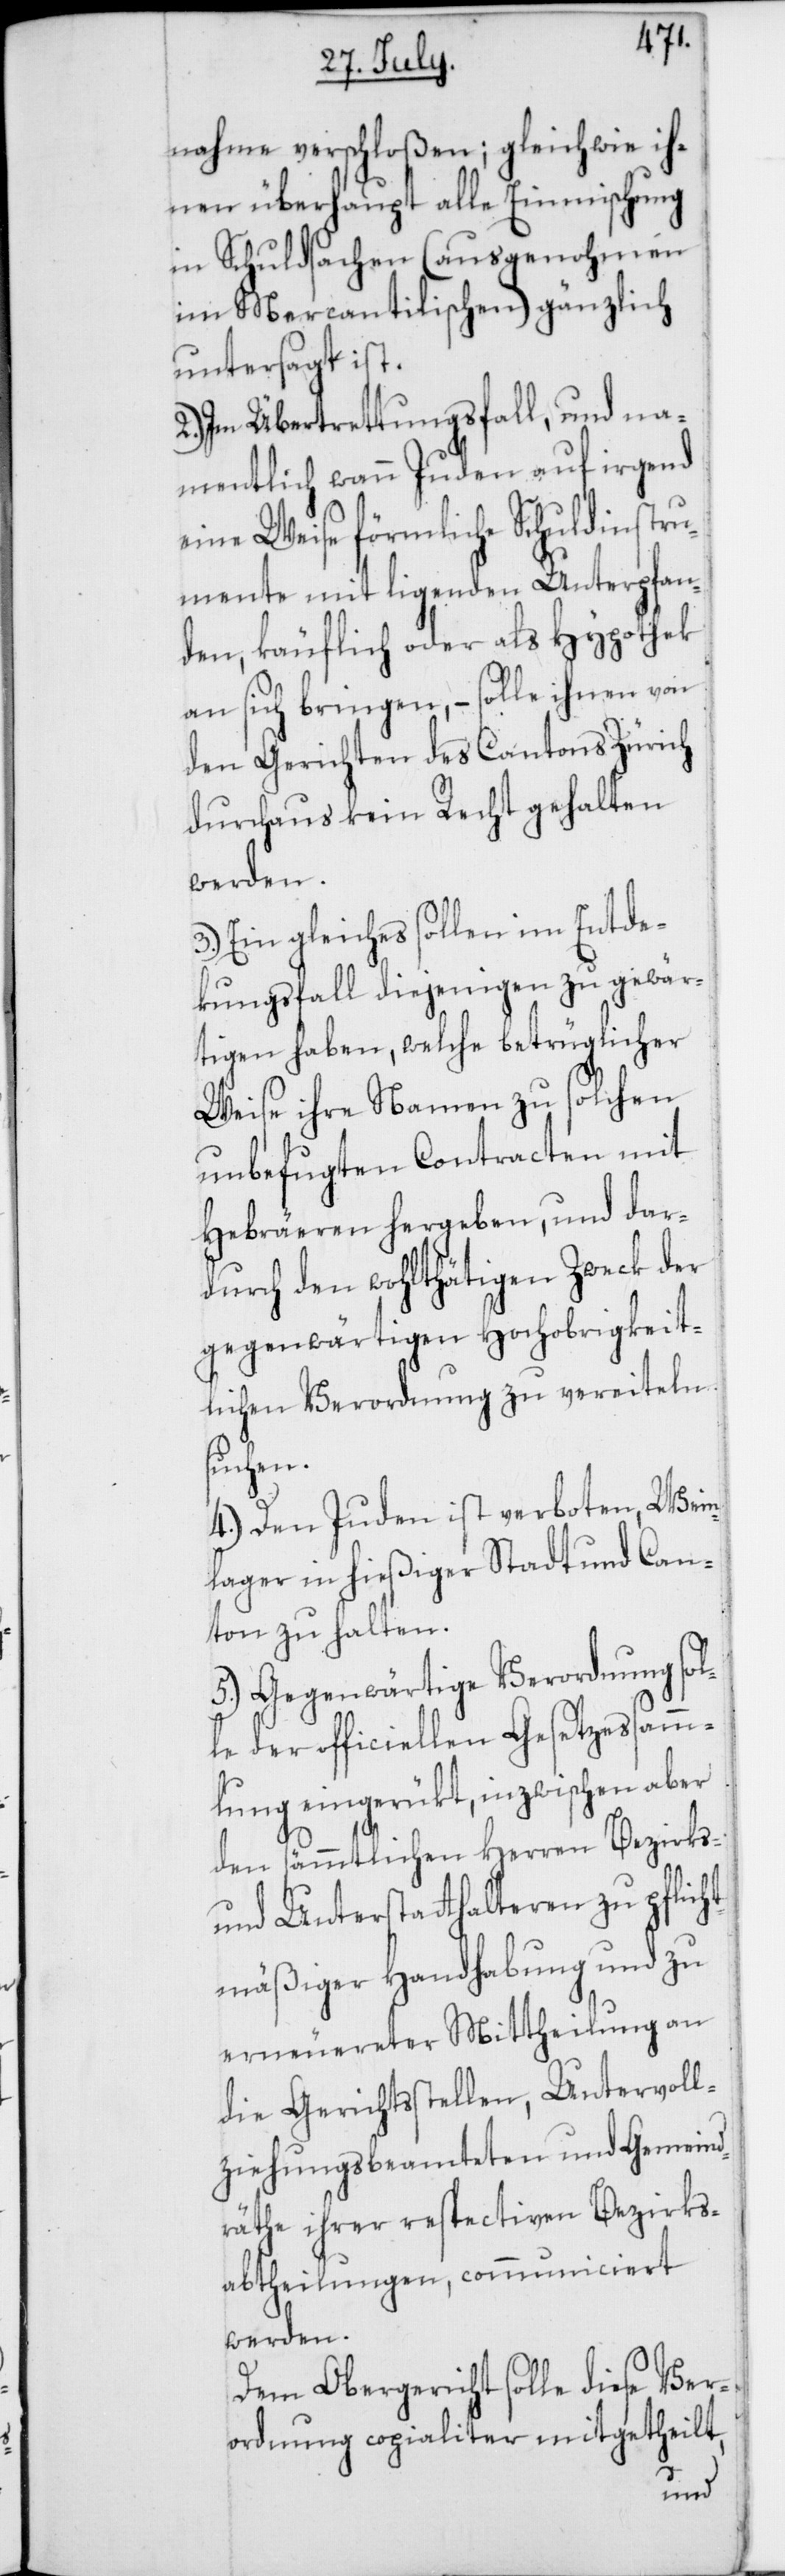
nahme verschloßen; gleich wie ih¬
nen überhaupt alle Einmischung
in Schuldsachen (ausgenohmen
im Mercantilischen) gänzlich
untersagt ist.
2.) Im Übertrettungsfall, und na¬
mentlich wann Juden auf irgend
eine Weise förmliche Schuldinstru¬
mente mit ligenden Unterpfan¬
den, käuflich oder als Hypothek
an sich bringen, – solle ihnen von
den Gerichten des Cantons Zürich
durchaus kein Recht gehalten
werden.
3.) Ein gleiches sollen im Entde¬
kungsfall diejenigen zu gewär¬
Weise ihre Namen zu solchen
unbefugten Contracten mit
Hebräeren hergeben, und dar¬
durch den wohlthätigen Zweck der
gegenwärtigen Hochobrigkeit¬
lichen Verordnung zu vereiteln
suchen.
4.) Den Juden ist verboten, Wein¬
lager in hießiger Stadt und Can¬
ton zu halten.
5.) Gegenwärtige Verordnung sol¬
le der officiellen Gesetzeßamm¬
lung eingerükt, inzwischen aber
den sämmtlichen Herren Bezirks-
und Unterstatthalteren zu pflich¬
tmäßiger Handhabung und zu
erneuereter Mittheilung an
die Gerichtsstellen, Untervoll¬
ziehungsbeamteten und Gemeind¬
räthe ihrer respectiven Bezirks¬
abtheilungen communiciert
werden.
Dem Obergericht solle diese Ver¬
ordnung copialiter mitgetheilt,
tigen